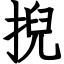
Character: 掜